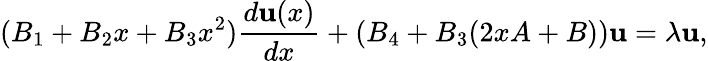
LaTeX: (B_{1}+B_{2}x+B_{3}x^{2}){\frac{d{\mathbf u}(x)}{dx}}+(B_{4}+B_{3}(2xA+B)){\mathbf u}=\lambda{\mathbf u},